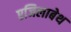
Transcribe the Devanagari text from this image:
एजिलाबेथ